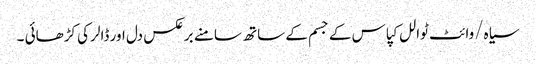
سیاہ/وائٹ ٹوالل کپاس کے جسم کے ساتھ سامنے برعکس دل اور ڈالر کی کڑھائی ۔